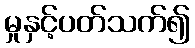
မှုနှင့်ပတ်သက်၍